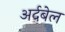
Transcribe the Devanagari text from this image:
अर्दबेल